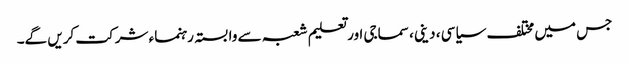
جس میں مختلف سیاسی ، دینی، سماجی اور تعلیم شعبہ سے وابستہ رہنماء شرکت کریں گے۔